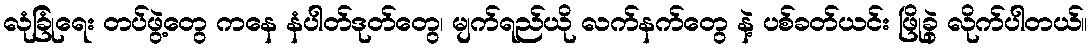
လုံခြုံရေး တပ်ဖွဲ့တွေ ကနေ နံပါတ်ဒုတ်တွေ၊ မျက်ရည်ယို လက်နက်တွေ နဲ့ ပစ်ခတ်ယင်း ဖြိုခွဲ လိုက်ပါတယ်။